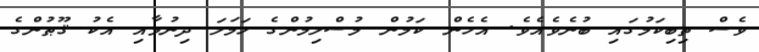
ވެސް ތިބިކަމުގައި ބުނެވެއެވެ. އެހެން ކަމުން މުސްލިމުންގެ ހަމަލަ ދިނުމާއި އެކު ޤޫޠުންގެ